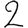
Digit: 2